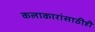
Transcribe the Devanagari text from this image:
कलाकारांसाठीही